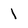
Character: 1